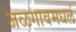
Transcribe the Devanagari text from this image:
जळगावमधलं